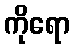
ကိုရော